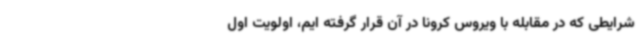
شرایطی که در مقابله با ویروس کرونا در آن قرار گرفته ایم، اولویت اول